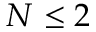
N \leq 2